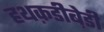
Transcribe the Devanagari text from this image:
हथक़डीब़ेडी